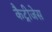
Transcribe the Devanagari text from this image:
कैट्रीजेस